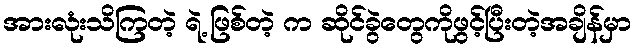
အားလုံးသိကြတဲ့ ရဲ့ ဖြစ်တဲ့ က ဆိုင်ခွဲတွေကိုဖွင့်ပြီးတဲ့အချိန်မှာ